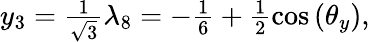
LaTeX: \begin{array}{r}{y_{3}=\frac{1}{\sqrt{3}}\lambda_{8}=-\frac{1}{6}+\frac{1}{2}\cos\left(\theta_{y}\right),}\end{array}